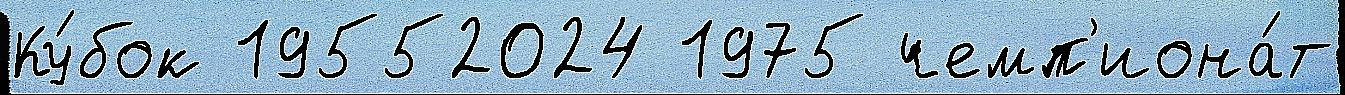
Ку́бок 19552024 1975 чемп'иона́т